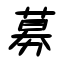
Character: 募